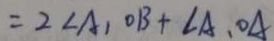
= 2 \angle A _ { 1 } O B + \angle A , O A